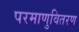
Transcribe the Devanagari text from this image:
परमाणुवितरण